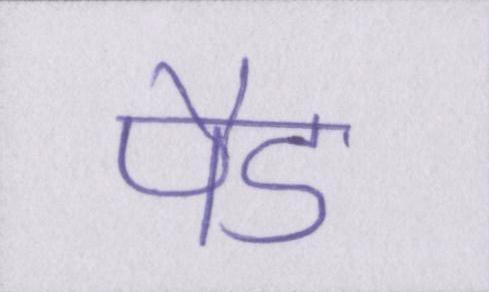
पैड